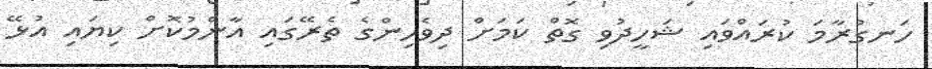
ހަނގުރާމަ ކުރައްވައި ޝަހީދުވި ގޮތް ކަމަށް ދިވެހިންގެ ތެރޭގައި އާންމުކޮށް ކިޔައި އުޅޭ